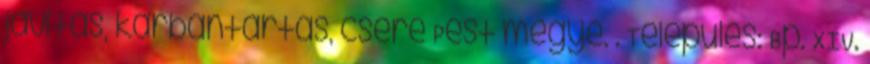
javítás, karbantartás, csere Pest megye. . Település: Bp. XIV.